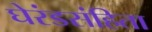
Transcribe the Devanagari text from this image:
घेरंडसंहिता